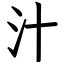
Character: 汁